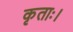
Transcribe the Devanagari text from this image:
कृताः।